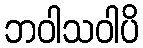
ဘဝါသဝါပိ